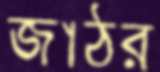
জাঠর